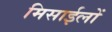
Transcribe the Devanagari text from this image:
मिसाईलों